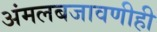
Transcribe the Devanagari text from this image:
अंमलबजावणीही